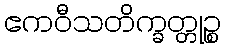
ဧကဝီသတိက္ခတ္တုဉ္စ